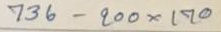
736 - 200 x 170